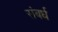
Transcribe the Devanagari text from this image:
संबर्ध